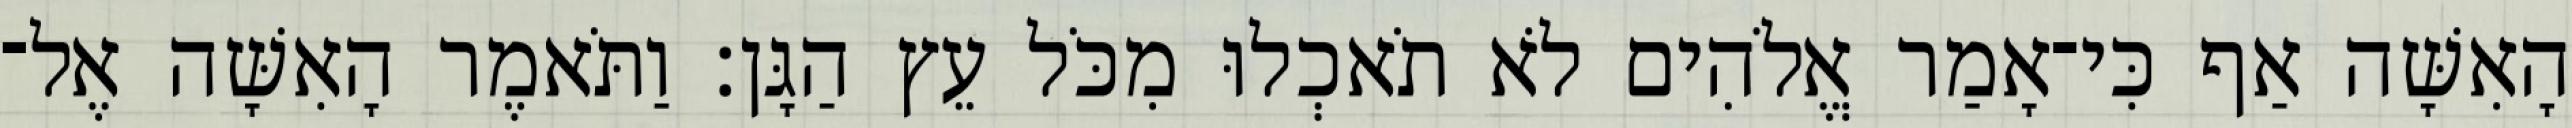
הָאִשָּׁה אַף כִּי־אָמַר אֱלֹהִים לֹא תֹאכְלוּ מִכֹּל עֵץ הַגָּן׃ וַתֹּאמֶר הָאִשָּׁה אֶל־